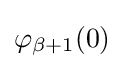
\varphi _{\beta +1}(0)